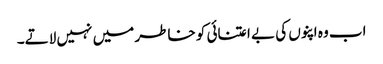
اب وہ اپنوں کی بے اعتنائی کو خاطر میں نہیں لاتے۔